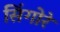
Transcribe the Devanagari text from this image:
सिंगोरे